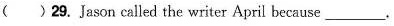
( )29. Jason called the writer April because___.